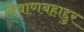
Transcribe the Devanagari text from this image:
दिवाणबहाद्दुर